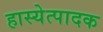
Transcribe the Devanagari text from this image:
हास्येत्पादक